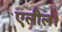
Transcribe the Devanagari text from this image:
एलील।